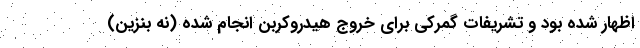
اظهار شده بود و تشریفات گمرکی برای خروج هیدروکربن انجام شده (نه بنزین)